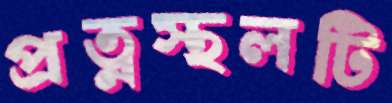
প্রত্নস্থলটি